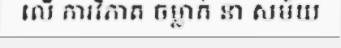
លើ ការវិភាគ ចម្លាក់ នា សម័យ